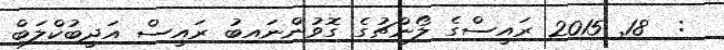
:  18